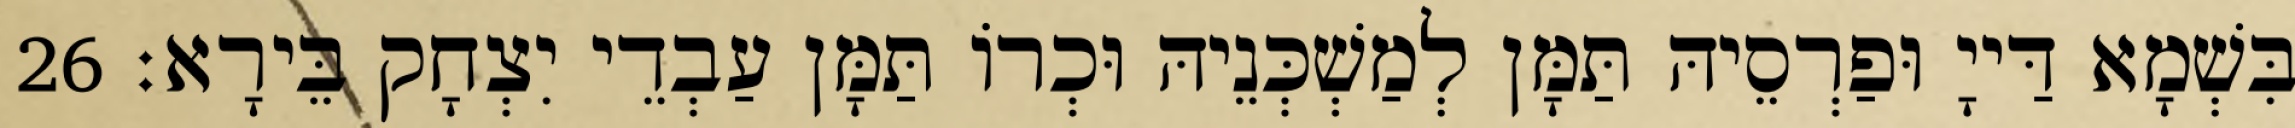
בִּשְׁמָא דַּייָ וּפַרְסֵיהּ תַּמָּן לְמַשְׁכְּנֵיהּ וּכְרוֹ תַּמָּן עַבְדֵי יִצְחָק בֵּירָא׃ 26